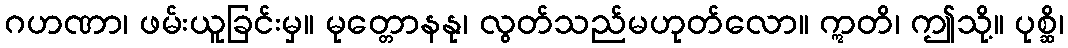
ဂဟဏာ၊ ဖမ်းယူခြင်းမှ။ မုတ္တောနနု၊ လွတ်သည်မဟုတ်လော။ ဣတိ၊ ဤသို့။ ပုစ္ဆိ၊